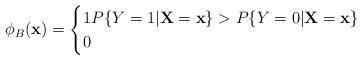
LaTeX: \begin{align*}\phi_{B}(\textbf{x})=\begin{cases}1 P\{Y=1 \vert \textbf{X}=\textbf{x}\} > P\{Y=0 \vert \textbf{X}= \textbf{x}\}\\0 \end{cases}\end{align*}